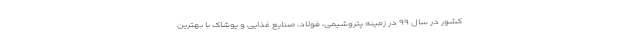
کشور در سال ۹۹ در زمینه پتروشیمی، فولاد، صنایع غذایی و پوشاک با بهترین